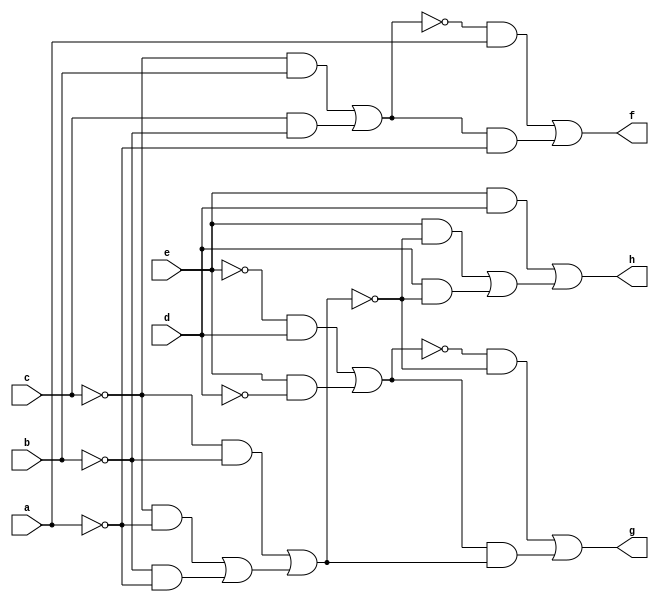
// IWLS benchmark module "CM82" printed on Wed May 29 16:31:28 2002
module CM82(a, b, c, d, e, f, g, h);
input
  a,
  b,
  c,
  d,
  e;
output
  f,
  g,
  h;
wire
  \[2] ,
  o,
  r,
  s,
  \[0] ,
  \[1] ;
assign
  \[2]  = (e & d) | ((e & ~o) | (d & ~o)),
  f = \[0] ,
  g = \[1] ,
  h = \[2] ,
  o = (~c & ~b) | ((~c & ~a) | (~b & ~a)),
  r = (~e & d) | (e & ~d),
  s = (~c & b) | (c & ~b),
  \[0]  = (~s & a) | (s & ~a),
  \[1]  = (~r & ~o) | (r & o);
endmodule